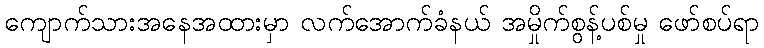
ကျောက်သားအနေအထားမှာ လက်အောက်ခံနယ် အမှိုက်စွန့်ပစ်မှု ဖော်စပ်ရာ